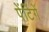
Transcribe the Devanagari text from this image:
पेंटिंगें